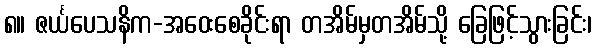
၈။ ဇင်္ယပေသနိက-အဝေးစေခိုင်းရာ တအိမ်မှတအိမ်သို့ ခြေဖြင့်သွားခြင်း၊